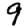
Digit: 9